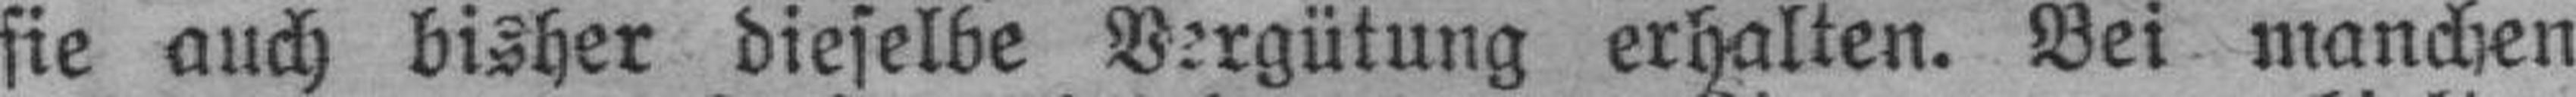
sie auch bisher dieselbe Vergütung erhalten. Bei manchen